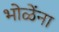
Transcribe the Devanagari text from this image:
भोळेंना